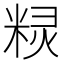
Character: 𮇤